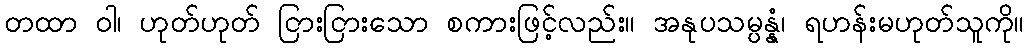
တထာ ဝါ၊ ဟုတ်ဟုတ် ငြားငြားသော စကားဖြင့်လည်း။ အနုပသမ္ပန္နံ၊ ရဟန်းမဟုတ်သူကို။